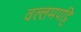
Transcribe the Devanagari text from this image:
वल्लमपट्टि